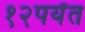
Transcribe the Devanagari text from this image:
१२पर्यंत